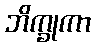
ဘိက္ခုကာ